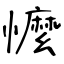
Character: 懡